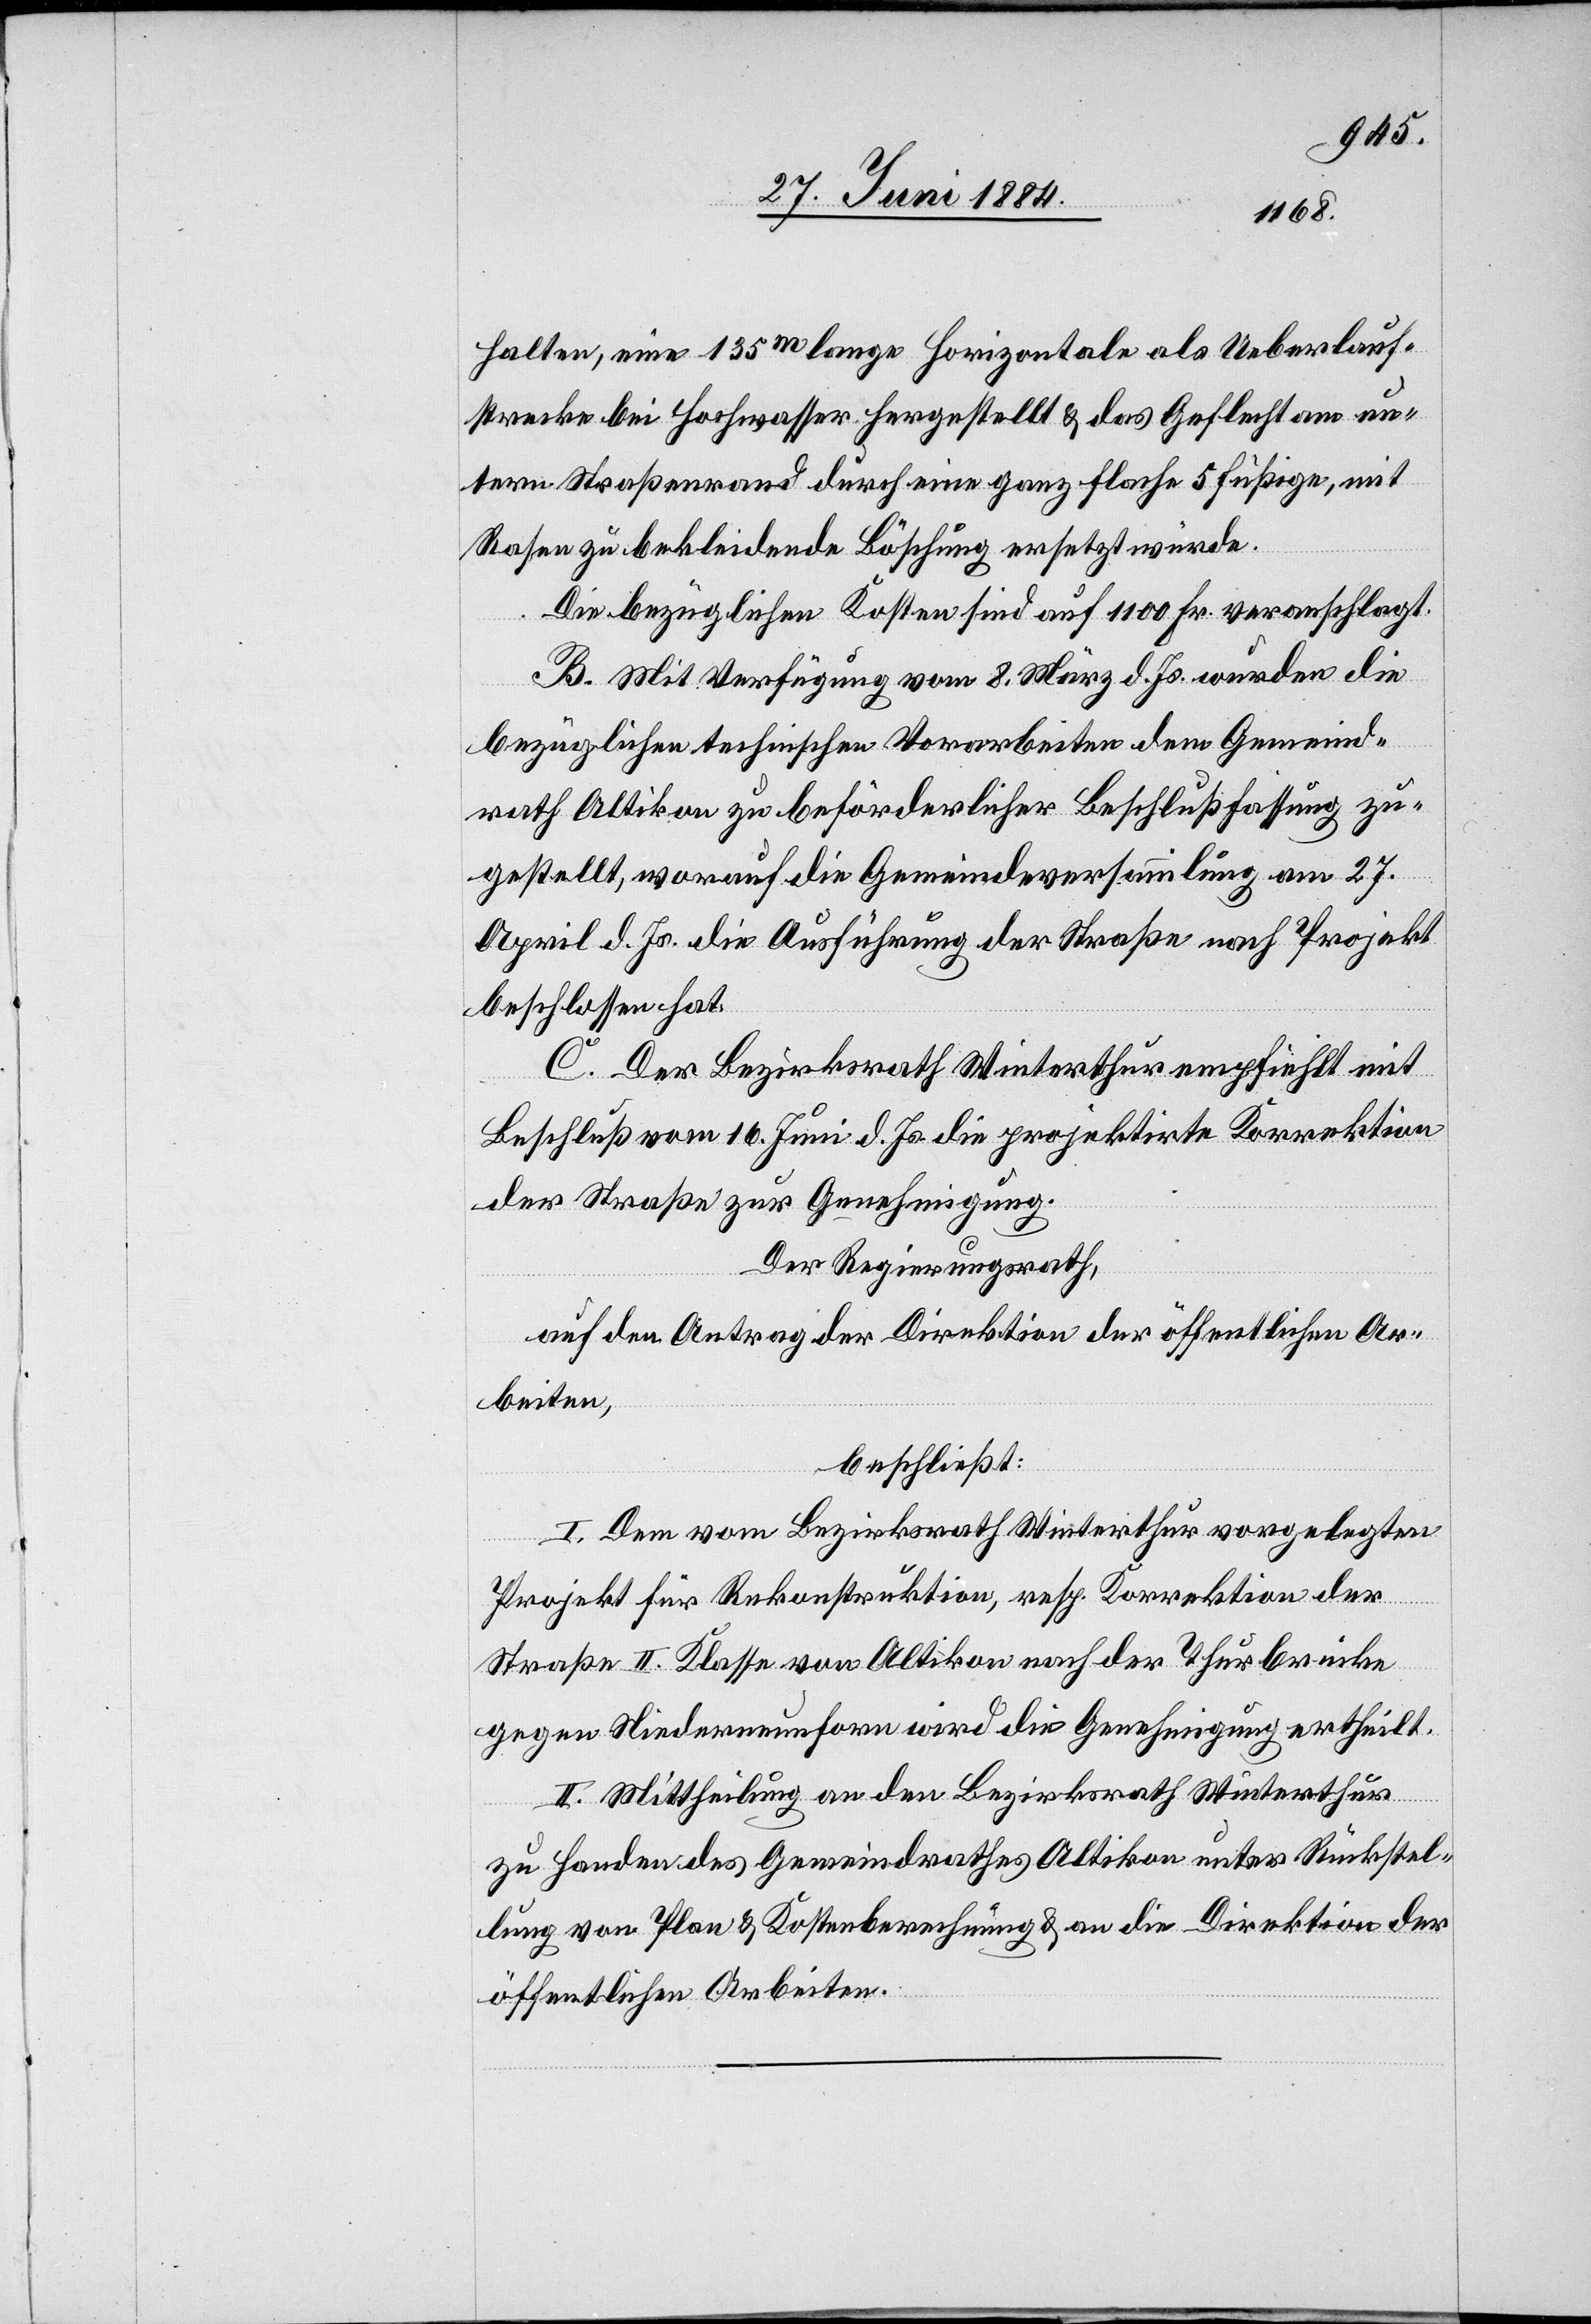
halten, eine 135m lange Horizontale als Ueberlauf¬
strecke bei Hochwasser hergestellt & das Geflecht am un¬
tern Straßenrand durch eine ganz flache 5 füßige, mit
Rasen zu bekleidende Böschung ersetzt würde.
Die bezüglichen Kosten sind auf 1100 Fr. veranschlagt.
B. Mit Verfügung vom 8. März d. Js. wurden die
bezüglichen technischen Vorarbeiten dem Gemeind¬
rath Altikon zu beförderlicher Beschlußfassung zu¬
gestellt, worauf die Gemeindeversammlung am 27.
April d. Js. die Ausführung der Straße nach Projekt
beschlossen hat.
C. Der Bezirksrath Winterthur empfiehlt mit
Beschluß vom 16. Juni d. Js. die projektirte Korrektion
der Straße zur Genehmigung.
Der Regierungsrath,
auf den Antrag der Direktion der öffentlichen Ar¬
beiten,
beschließt:
I. Dem vom Bezirksrath Winterthur vorgelegten
Projekt für Rekonstruktion, resp. Korrektion der
Straße II. Klasse von Altikon nach der Thurbrücke
gegen Niederneunforn wird die Genehmigung ertheilt.
II. Mittheilung an den Bezirksrath Winterthur
zu Handen des Gemeindrathes Altikon unter Rückstel¬
lung von Plan & Kostenberechnung & an die Direktion der
öffentlichen Arbeiten.